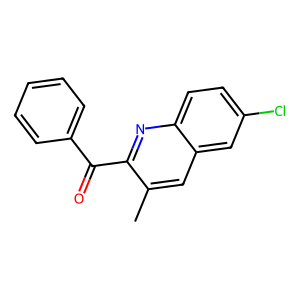
SMILES: Cc1cc2cc(Cl)ccc2nc1C(=O)c1ccccc1
Inhibits HIV replication: No